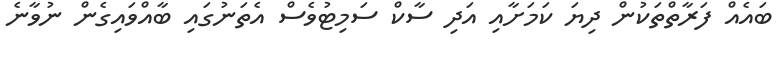
ބައެއް ފަރާތްތަކުން ދިޔަ ކަމަށާއި އަދި ސާކް ސަމިޓުވެސް އެތަނުގައި ބާއްވައިގެން ނުވާނެ